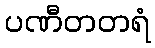
ပဏီတတရံ